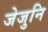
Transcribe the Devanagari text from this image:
जेजुनि